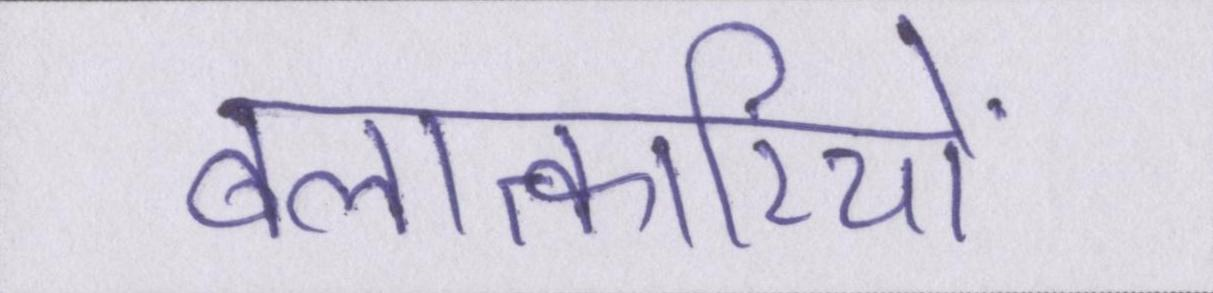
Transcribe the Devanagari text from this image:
बलात्कारियों